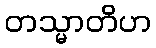
တသ္မာတိဟ